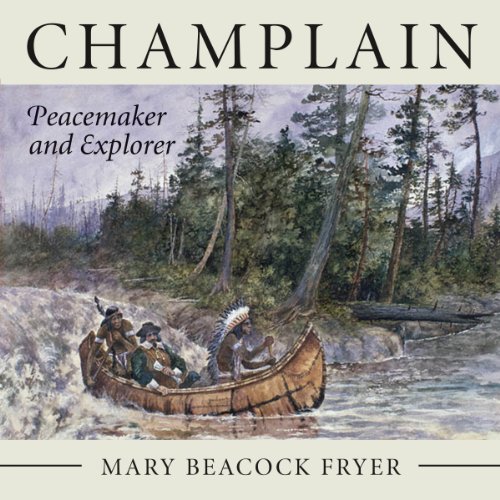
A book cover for Champlain: Peacemaker and Explorer; Mary Beacock Fryer; Children's Books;